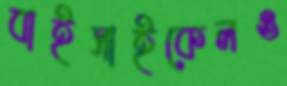
বাইসাইকেলও